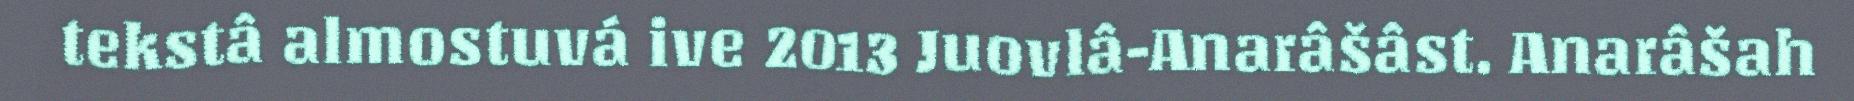
tekstâ almostuvá ive 2013 Juovlâ-Anarâšâst. Anarâšah